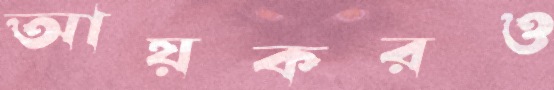
আয়করও